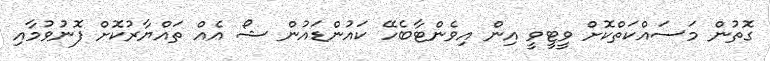
ގޮތުން މަސައްކަތްކޮށް ވީޓީވީ އިން އިވެންޓާބެހޭ ކައުންޑައުން ޝޯ އެއް ތައްޔާރުކޮށް ފޮނުވުމާއި